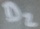
Text: D2